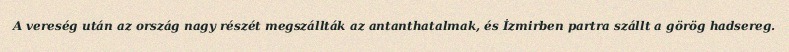
A vereség után az ország nagy részét megszállták az antanthatalmak, és İzmirben partra szállt a görög hadsereg.